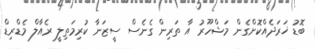
ބޮޑު ޚަރަދެއްކޮށްގެން މަޝްހޫރު އާ ތަރިން ގެނެސް ސީޒަނާ ކުރިމަތިލީ ރެއާލް މެޑްރިޑް